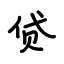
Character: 贷